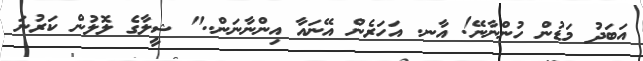
އަބަދު މަޑުން ހުންނާނޭ! އާނ. އަހަރެން އޭނަައާ އިންނާނަން.." ޝީލާގެ ލޮލުން ކަރުނަ